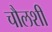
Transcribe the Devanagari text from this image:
चौलशी